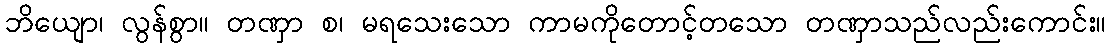
ဘိယျော၊ လွန်စွာ။ တဏှာ စ၊ မရသေးသော ကာမကိုတောင့်တသော တဏှာသည်လည်းကောင်း။